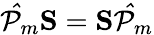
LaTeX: \mathcal{\hat{P}}_{m}\mathbf{S}=\mathbf{S}\mathcal{\hat{P}}_{m}